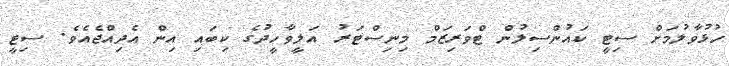
ހުޅުވާލުމަށް ސިޓީ ކައުންސިލުން ޓްވަރިޒަމް މިނިސްޓަރު އަލީވާހީދުގެ ކިބައި އިން އެދިއްޖެއެވެ. ސިޓީ